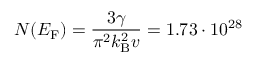
N ( E _ { \mathrm { F } } ) = \frac { 3 \gamma } { \pi ^ { 2 } k _ { \mathrm { B } } ^ { 2 } v } = 1 . 7 3 \cdot 1 0 ^ { 2 8 }